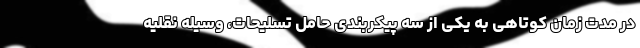
در مدت زمان کوتاهی به یکی از سه پیکربندی حامل تسلیحات، وسیله نقلیه